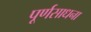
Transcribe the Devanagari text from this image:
पूर्णसाधना